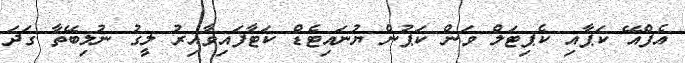
އެފްއޭ ކަޕާއި ކެޕިޓަލް ވަން ކަޕުން ޔުނައިޓެޑް ކަޓާފައިވާއިރު ލީގު ނުލިބޭތާ ގަދަ